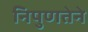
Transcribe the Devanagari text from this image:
निपुणतेने